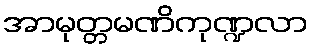
အာမုတ္တမဏိကုဏ္ဍလာ